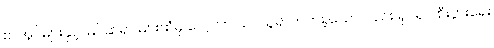
စာအုပ်များနှင့် မြင်ဆရာ များထံမှ လေ့လာ သင်ယူ၍ တတ်ခဲ့သော်လည်း ရုပ်ရှင် စီးပွားရေး